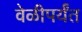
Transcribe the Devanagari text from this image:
वेळीपर्यंत